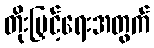
တိုးမြှင့်ရေးအတွက်